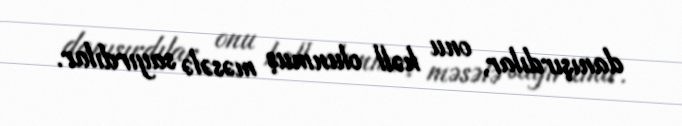
danışırdılar, onu həll olunmuş məsələ sayırdılar.